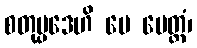
စတုပ္ပဒေဟိ မေ မေတ္တံ၊